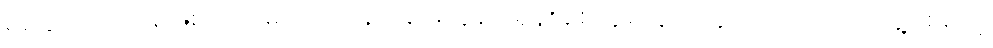
ရရှိချင်လို့ပဲ ဖြစ်ဖြစ်၊ ကင်မရာဝါသနာအိုးတွေနဲ့ ဒရုန်းချစ်သူတွေအတွက် အကြိုက်တွေ့စေမယ့်